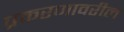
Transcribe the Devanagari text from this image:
प्रकरणावरील